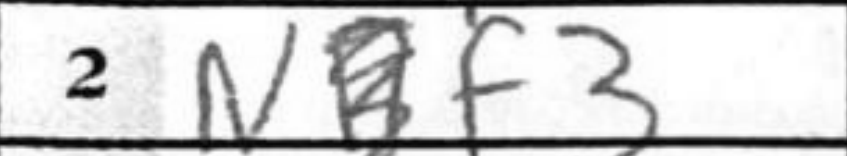
Transcription: Nf3